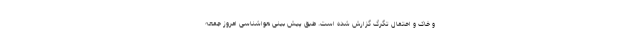
و خاک و احتمال تگرگ گزارش شده است. طبق پیش بینی هواشناسی امروز جمعه